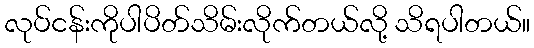
လုပ်ငန်းကိုပါပိတ်သိမ်းလိုက်တယ်လို့ သိရပါတယ်။